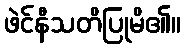
ဖဲင်နီသတိပြုမိ၏။